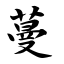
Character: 蔓